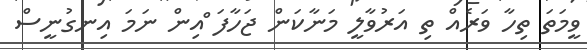
ވީމަތަ ތިހާ ވަރެއް ތި އަރުވާލީ މަނާކަން ޖަހާފަ ްްއިން ނަމަ އިނގުނީސް